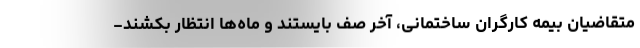
متقاضیان بیمه کارگران ساختمانی، آخر صف بایستند و ماه‌ها انتظار بکشند-